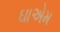
ઘાએમ